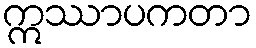
ဣဿာပကတာ